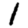
Digit: 1